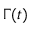
\Gamma ( t )